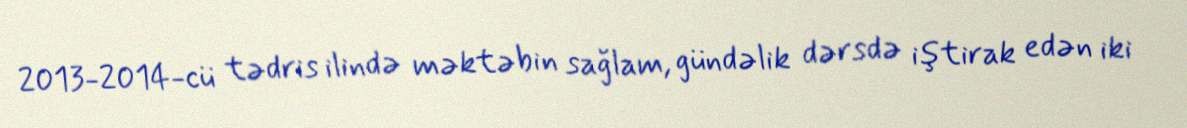
2013-2014-cü tədris ilində məktəbin sağlam, gündəlik dərsdə iştirak edən iki